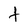
Character: t